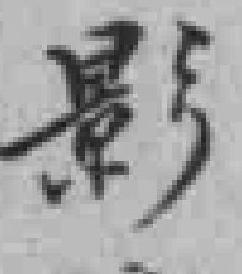
影